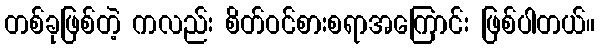
တစ်ခုဖြစ်တဲ့ ကလည်း စိတ်ဝင်စားစရာအကြောင်း ဖြစ်ပါတယ်။